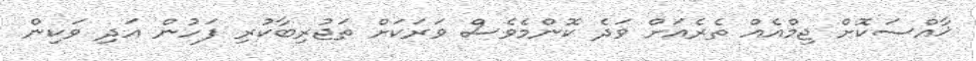
ޚާއްސަކޮށް ޖިމްއެއް ތެރެއަށް ވަދެ ކޮންމެވެސް ވަރަކަށް ތަޖުރިބާކުރި ފަހުން އަދި ވަކިން